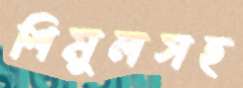
শিমুলসহ